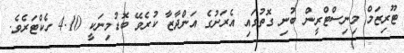
ޓޫރިޒަމް މިނިސްޓްރީން ބުނި ގޮތުގައި އެރަށުގެ އަންދާޒާ ކުރެވޭ ބޮޑުމިނަކީ 4.10 ހެކްޓަރެވެ.